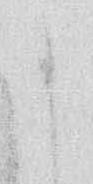
に